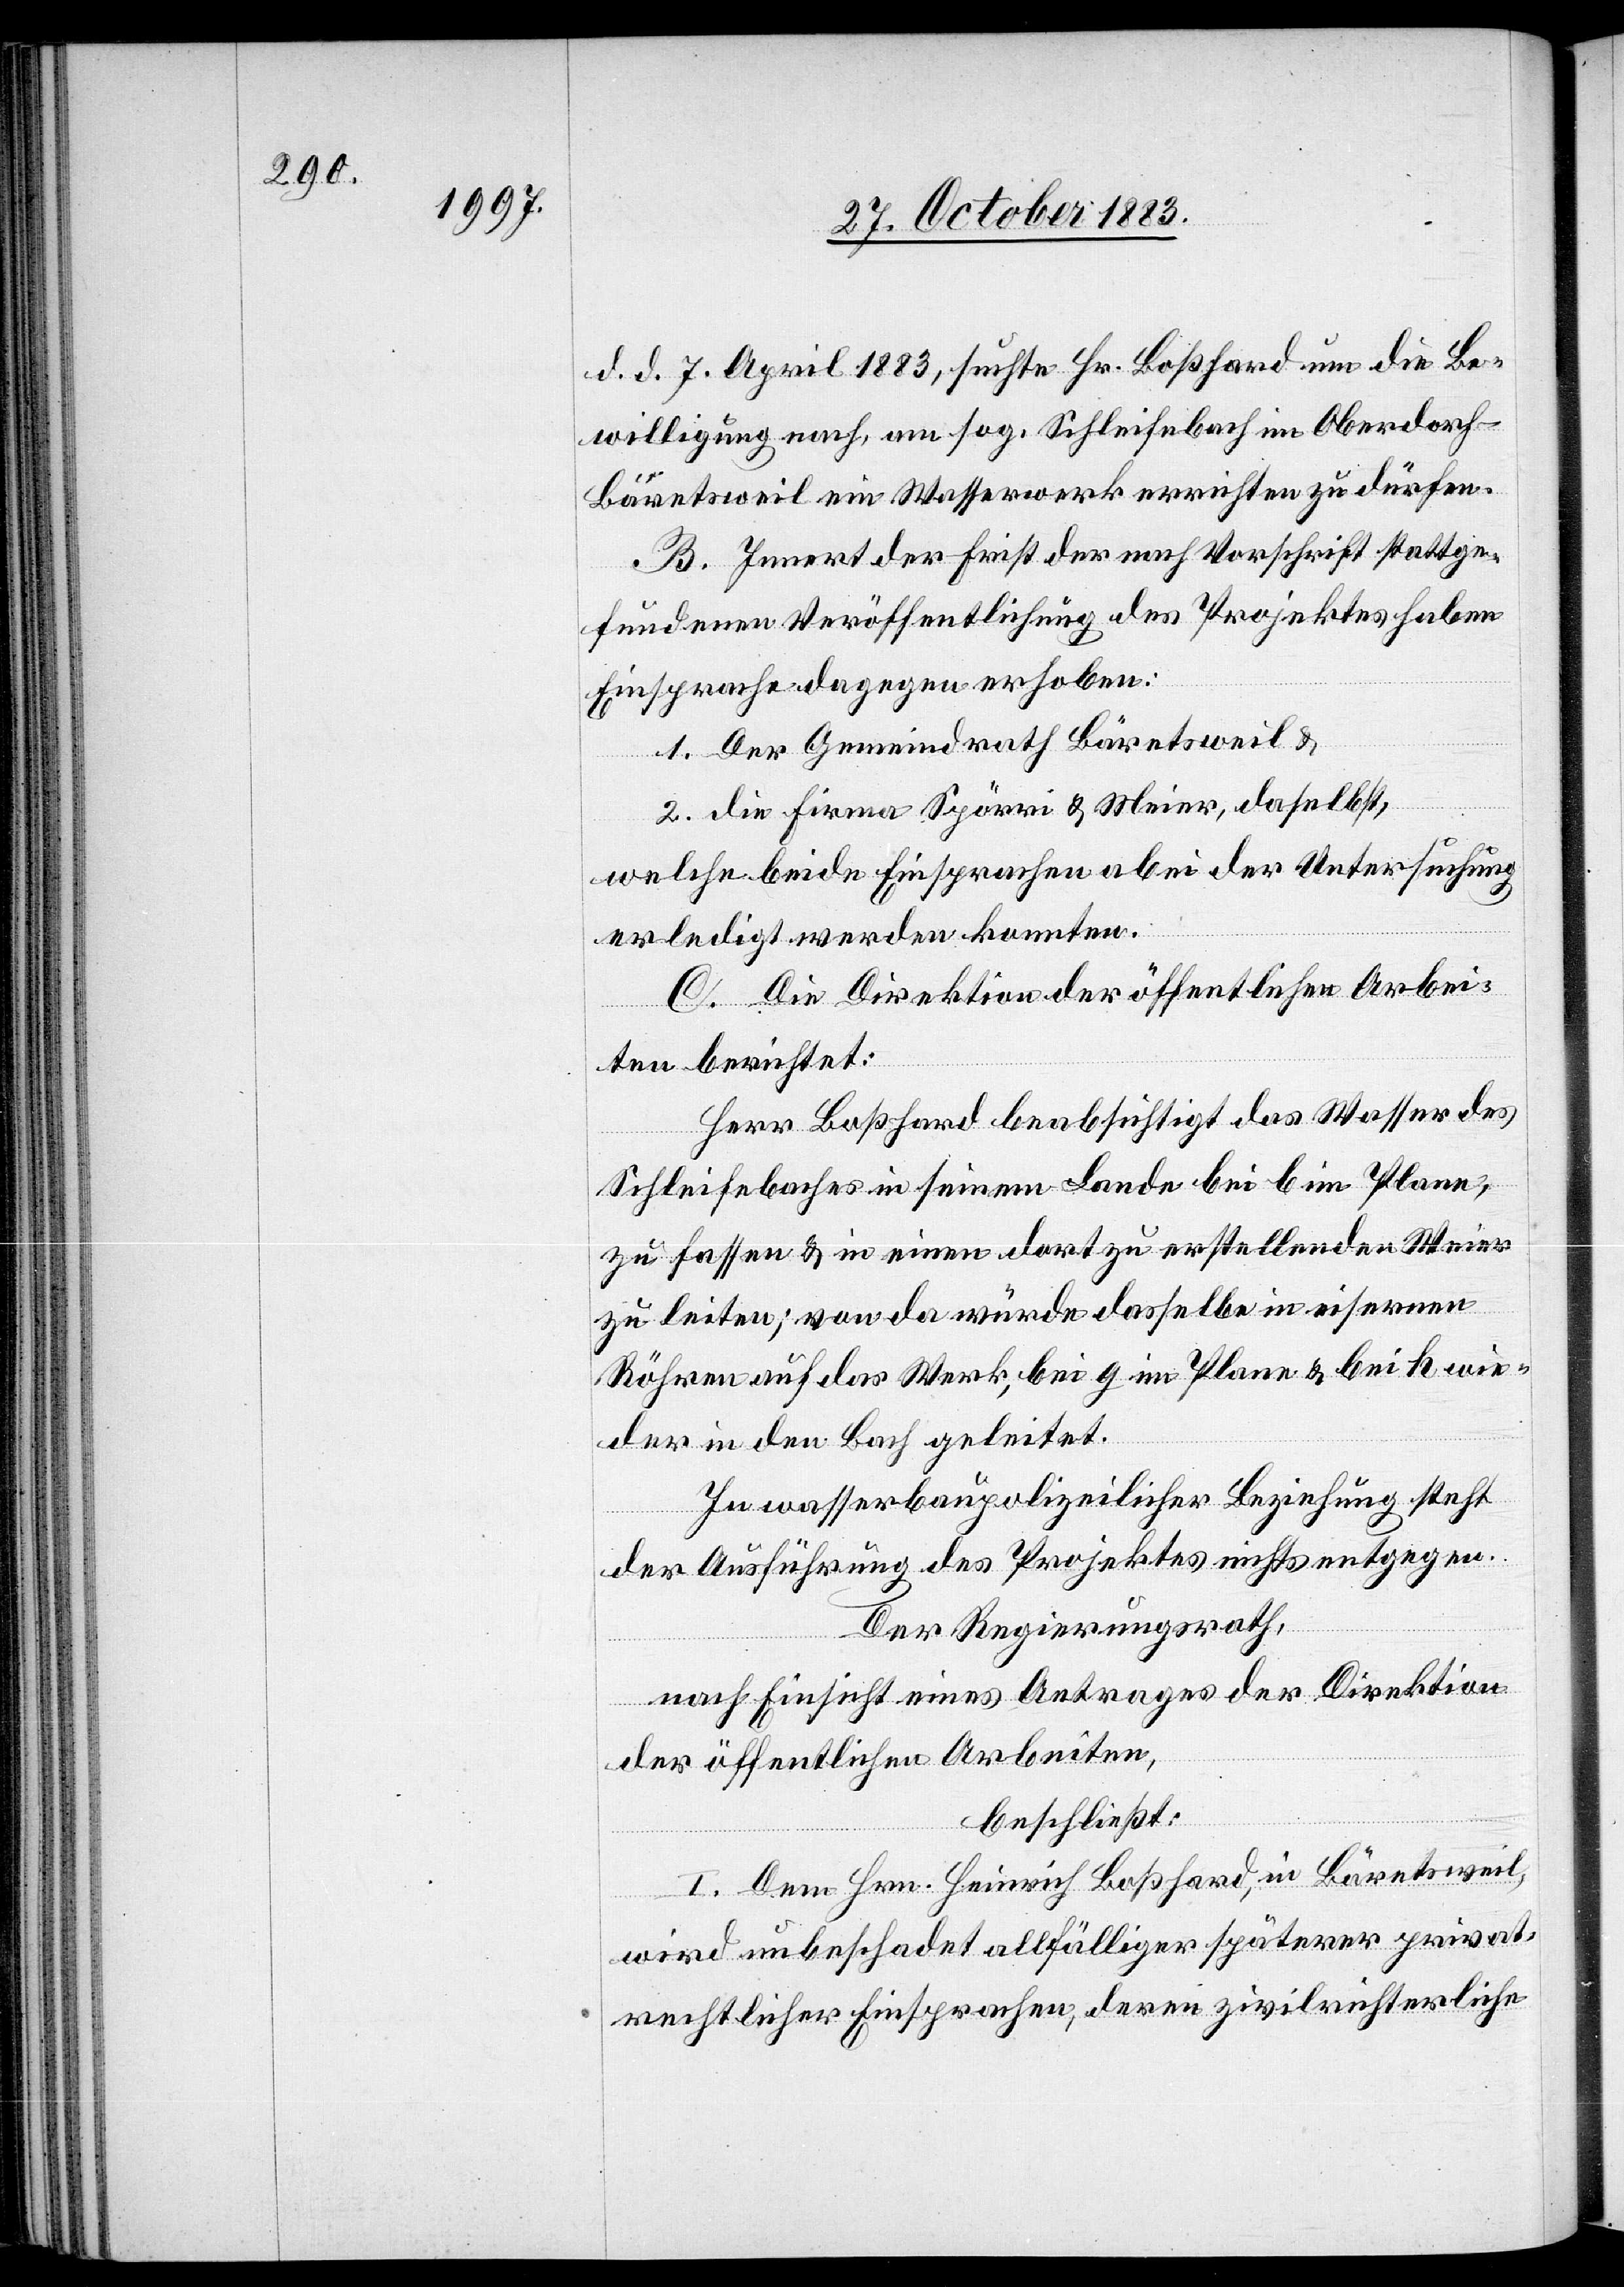
d. d. 7. April 1883, suchte Hr. Boßhard um die Be¬
willigung nach, am sog. Scheitelbach im Oberdorf
Bäretsweil ein Wasserwerk errichten zu dürfen.
B. Innert der Frist der nach Vorschrift stattge¬
fundenen Veröffentlichung des Projektes haben
Einsprache dagegen erhoben:
1. Der Gemeindrath Bäretsweil &
2. die Firma Spörri & Meier, daselbst,
welche beide Einsprachen abei [sic!] der Untersuchung
erledigt werden konnten.
C. Die Direktion der öffentlichen Arbei¬
ten berichtet:
Herr Boßhard beabsichtigt das Wasser des
Schleifebaches in seinem Lande bei b im Plane,
zu fassen & in einen dort zu erstellenden Weier
zu leiten; von da würde dasselbe in eisernen
Röhren auf das Werk, bei g im Plane & bei h wie¬
der in den Bach geleitet.
In wasserbaupolizeilicher Beziehung steht
der Ausführung des Projektes nichts entgegen.
Der Regierungsrath,
nach Einsicht eines Antrages der Direktion
der öffentlichen Arbeiten,
beschließt:
I. Dem Hrn. Heinrich Boßhard, in Bäretsweil,
wird unbeschadet allfälliger späterer privat¬
rechtlicher Einsprachen, deren zivilrichterliche